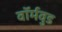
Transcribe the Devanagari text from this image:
वॉर्मवुड